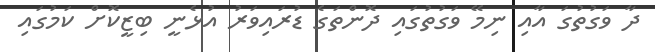
ދާ ވަގުތުގަ އާއި ނިމޭ ވަގުތުގައި ދޮންތަގެ ޑުރައިވަރު އުޅެނީ ބިޒީކޮށް ކަމުގައި